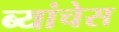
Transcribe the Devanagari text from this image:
ब्यांचेस